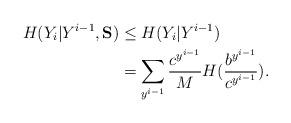
LaTeX: \begin{align*} H( Y_i |Y^{i-1}, {\bf S}) &\leq H( Y_i |Y^{i-1}) \\&= \sum_{y^{i-1}} \frac{ c^{y^{i-1}} }{M} H( \frac{b^{y^{i-1}} }{c^{y^{i-1}} }). \end{align*}